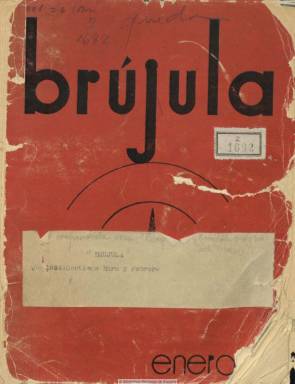
Título: Brújula (Madrid)
Colección: Literatura
Ámbito geográfico: Madrid
Lugar de publicación: Madrid
Fechas: 01/01/1934-28/02/1934

Guillermo de Torre dijo de esta publicación literaria que fue una “revista juvenil, casi de colegiales”, o de “hijos de padres famosos” o conocidos en el mundo cultural y científico de la época republicana, tal como señalan Rafael Osuna (2006) y José Esteban (2000), algunas de cuyas familias tuvieron que exiliarse, mientra otras formaron parte de las jerarquías de la posterior dictadura. La colección de la Biblioteca Nacional de España comprende sus dos primeros números (se desconoce si salió alguno más), que corresponden a los meses de enero y febrero de 1934, respectivamente. Cada uno se aproxima a las sesenta páginas, con una cubierta estampada con tinta de color y sin apenas alardes tipográficos, excepto que su título está compuesto en minúsculas.

Se trata de una publicación, preferentemente, de creación literaria, tanto en prosa como en verso, pero también con artículos de viajes y crónicas. Inserta asimismo unas cuantas fotografías en blanco y negro de edificios y vistas singulares de Salamanca, Simancas, Valladolid, Segovia o Estambul y alguna de índole artística. Ofrece espacio también a algún anuncio publicitario.

Indica su cuadro redaccional, con Carlos Pittaluga, como director; Manuel Aznar, subdirector, y Luis E. Arnillas, Javier Aznar, Álvaro d’Ors Pérez-Peix, Gregorio Marañón Moya, Joaquín Martínez de Velasco, Álvaro Maura y Emilio Mezquita del Cacho, integrando el Comité de Redacción. Entre sus textos, aparecen los titulados ¿Qué les pasa a los estudiantes?, por Héctor Maravall; Arabesco, por Carlos Gil de Ávila; Panorama actual de nuestra escena, por Tomás Seseña Palacios; Extensión universitaria cinematográfica, por Germán Inza, Notas a un libro, por Gregorio Marañón Moya; Greguerías, por Carlos Pittaluga (que también publica un dibujo); Exposición de fotografías del crucero Mediterráneo, por Joaquín Martínez de Velasco, o Pintura indigenista peruana, por Luis E. Arnillas, entre otros.